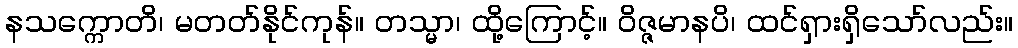
နသက္ကောတိ၊ မတတ်နိုင်ကုန်။ တသ္မာ၊ ထို့ကြောင့်။ ဝိဇ္ဇမာနပိ၊ ထင်ရှားရှိသော်လည်း။